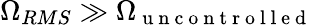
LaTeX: \Omega_{RMS}\gg\Omega_{\mathrm{~u~n~c~o~n~t~r~o~l~l~e~d~}}